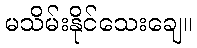
မသိမ်းနိုင်သေးချေ။